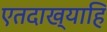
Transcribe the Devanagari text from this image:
एतदाख्याहि